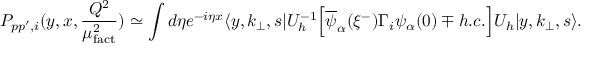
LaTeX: { \cal P } _ { p p ^ { \prime } , i } ( y , x , { \frac { Q ^ { 2 } } { \mu _ { \mathrm { f a c t } } ^ { 2 } } } ) \simeq \int d \eta e ^ { - i \eta x } \langle y , k _ { \bot } , s | U _ { h } ^ { - 1 } \Big [ \overline { { { \psi } } } _ { \alpha } ( \xi ^ { - } ) \Gamma _ { i } \psi _ { \alpha } ( 0 ) \mp h . c . \Big ] U _ { h } | y , k _ { \bot } , s \rangle .